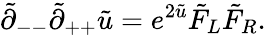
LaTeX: \tilde{\partial}_{--}\tilde{\partial}_{++}\tilde{u}=e^{2\tilde{u}}\tilde{F}_{L}\tilde{F}_{R}.